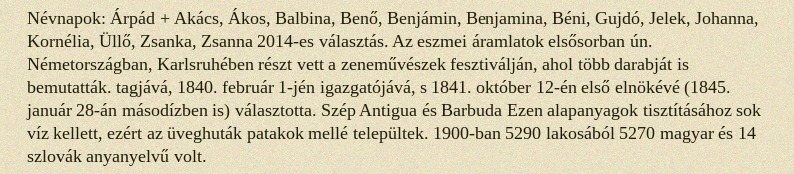
Névnapok: Árpád + Akács, Ákos, Balbina, Benő, Benjámin, Benjamina, Béni, Gujdó, Jelek, Johanna, Kornélia, Üllő, Zsanka, Zsanna 2014-es választás. Az eszmei áramlatok elsősorban ún. Németországban, Karlsruhében részt vett a zeneművészek fesztiválján, ahol több darabját is bemutatták. tagjává, 1840. február 1-jén igazgatójává, s 1841. október 12-én első elnökévé (1845. január 28-án másodízben is) választotta. Szép Antigua és Barbuda Ezen alapanyagok tisztításához sok víz kellett, ezért az üveghuták patakok mellé települtek. 1900-ban 5290 lakosából 5270 magyar és 14 szlovák anyanyelvű volt.